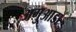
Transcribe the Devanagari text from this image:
अगुआडा